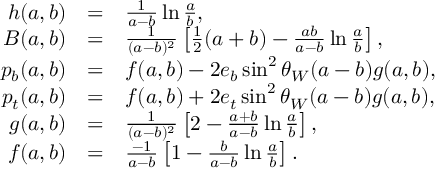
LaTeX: \begin{array} { r c l } { { h ( a , b ) } } & { { = } } & { { \frac { 1 } { a - b } \ln \frac { a } { b } , } } \\ { { B ( a , b ) } } & { { = } } & { { \frac { 1 } { ( a - b ) ^ { 2 } } \left[ \frac { 1 } { 2 } ( a + b ) - \frac { a b } { a - b } \ln \frac { a } { b } \right] , } } \\ { { p _ { b } ( a , b ) } } & { { = } } & { { f ( a , b ) - 2 e _ { b } \sin ^ { 2 } \theta _ { W } ( a - b ) g ( a , b ) , } } \\ { { p _ { t } ( a , b ) } } & { { = } } & { { f ( a , b ) + 2 e _ { t } \sin ^ { 2 } \theta _ { W } ( a - b ) g ( a , b ) , } } \\ { { g ( a , b ) } } & { { = } } & { { \frac { 1 } { ( a - b ) ^ { 2 } } \left[ 2 - \frac { a + b } { a - b } \ln \frac { a } { b } \right] , } } \\ { { f ( a , b ) } } & { { = } } & { { \frac { - 1 } { a - b } \left[ 1 - \frac { b } { a - b } \ln \frac { a } { b } \right] . } } \end{array}